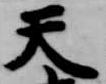
天